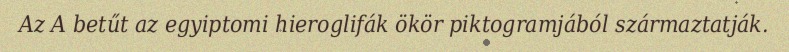
Az A betűt az egyiptomi hieroglifák ökör piktogramjából származtatják.